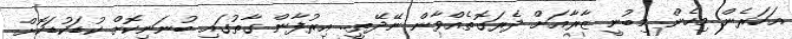
އަހަރެން މިހެން މިބުނީ ޒާރާއަށް ދެރަގޮތެއްވާން ނޭދޭތީ.. އިރުފާން ގާތުގައި ބުނަނިކޮށް ކުޑަކުޑަކޮށް